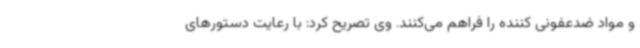
و مواد ضدعفونی کننده را فراهم می‌کنند. وی تصریح کرد: با رعایت دستورهای